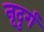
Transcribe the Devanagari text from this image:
नृदुर्ग